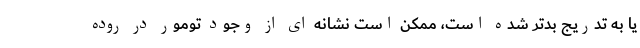
یا به تدریج بدتر شده است، ممکن است نشانه ای از وجود تومور در روده